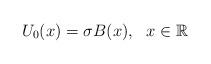
LaTeX: \begin{align*}U_0(x)=\sigma B(x), ~~ x \in \mathbb{R}\end{align*}